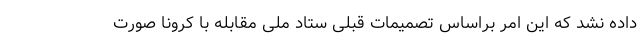
داده نشد که این امر براساس تصمیمات قبلی ستاد ملی مقابله با کرونا صورت